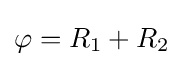
\varphi =R_{1}+R_{2}